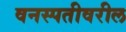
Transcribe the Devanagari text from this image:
वनस्पतीवरील